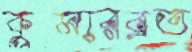
কুমারব্রত